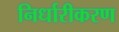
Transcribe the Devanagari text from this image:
निर्धारीकरण